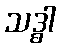
သဒ္ဓါ